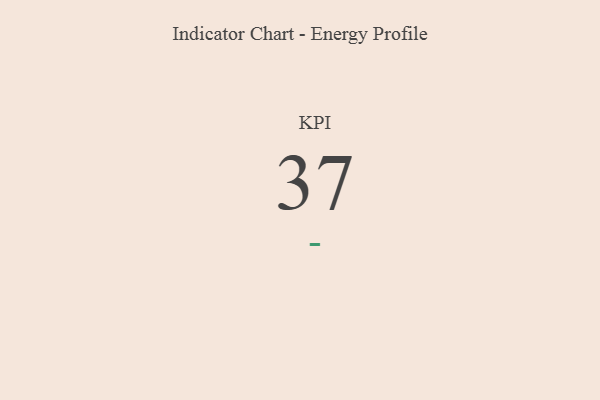
{"axis": {"x": "KPI", "y": "Value"}, "legend": [""], "data": [{"x": "KPI", "y": 37, "type": ""}]}